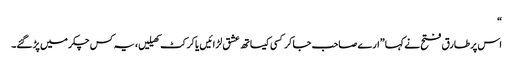
“
اس پر طارق فتح نے کہا ”ارے صاحب جا کر کسی کیساتھ عشق لڑائیں یا کرکٹ کھیلیں، یہ کس چکر میں پڑ گئے۔